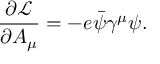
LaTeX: { \frac { \partial { \mathcal { L } } } { \partial A _ { \mu } } } = - e { \bar { \psi } } \gamma ^ { \mu } \psi .